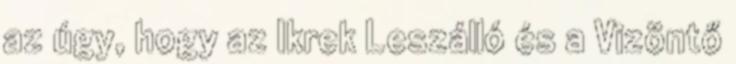
az úgy, hogy az Ikrek Leszálló és a Vizöntő